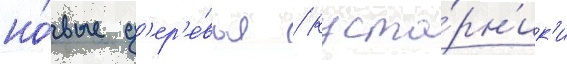
но́вые д'ер'е́вья / куста́рн'ик'и